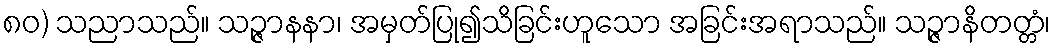
၈၀) သညာသည်။ သဉ္ဇာနနာ၊ အမှတ်ပြု၍သိခြင်းဟူသော အခြင်းအရာသည်။ သဉ္ဇာနိတတ္တံ၊